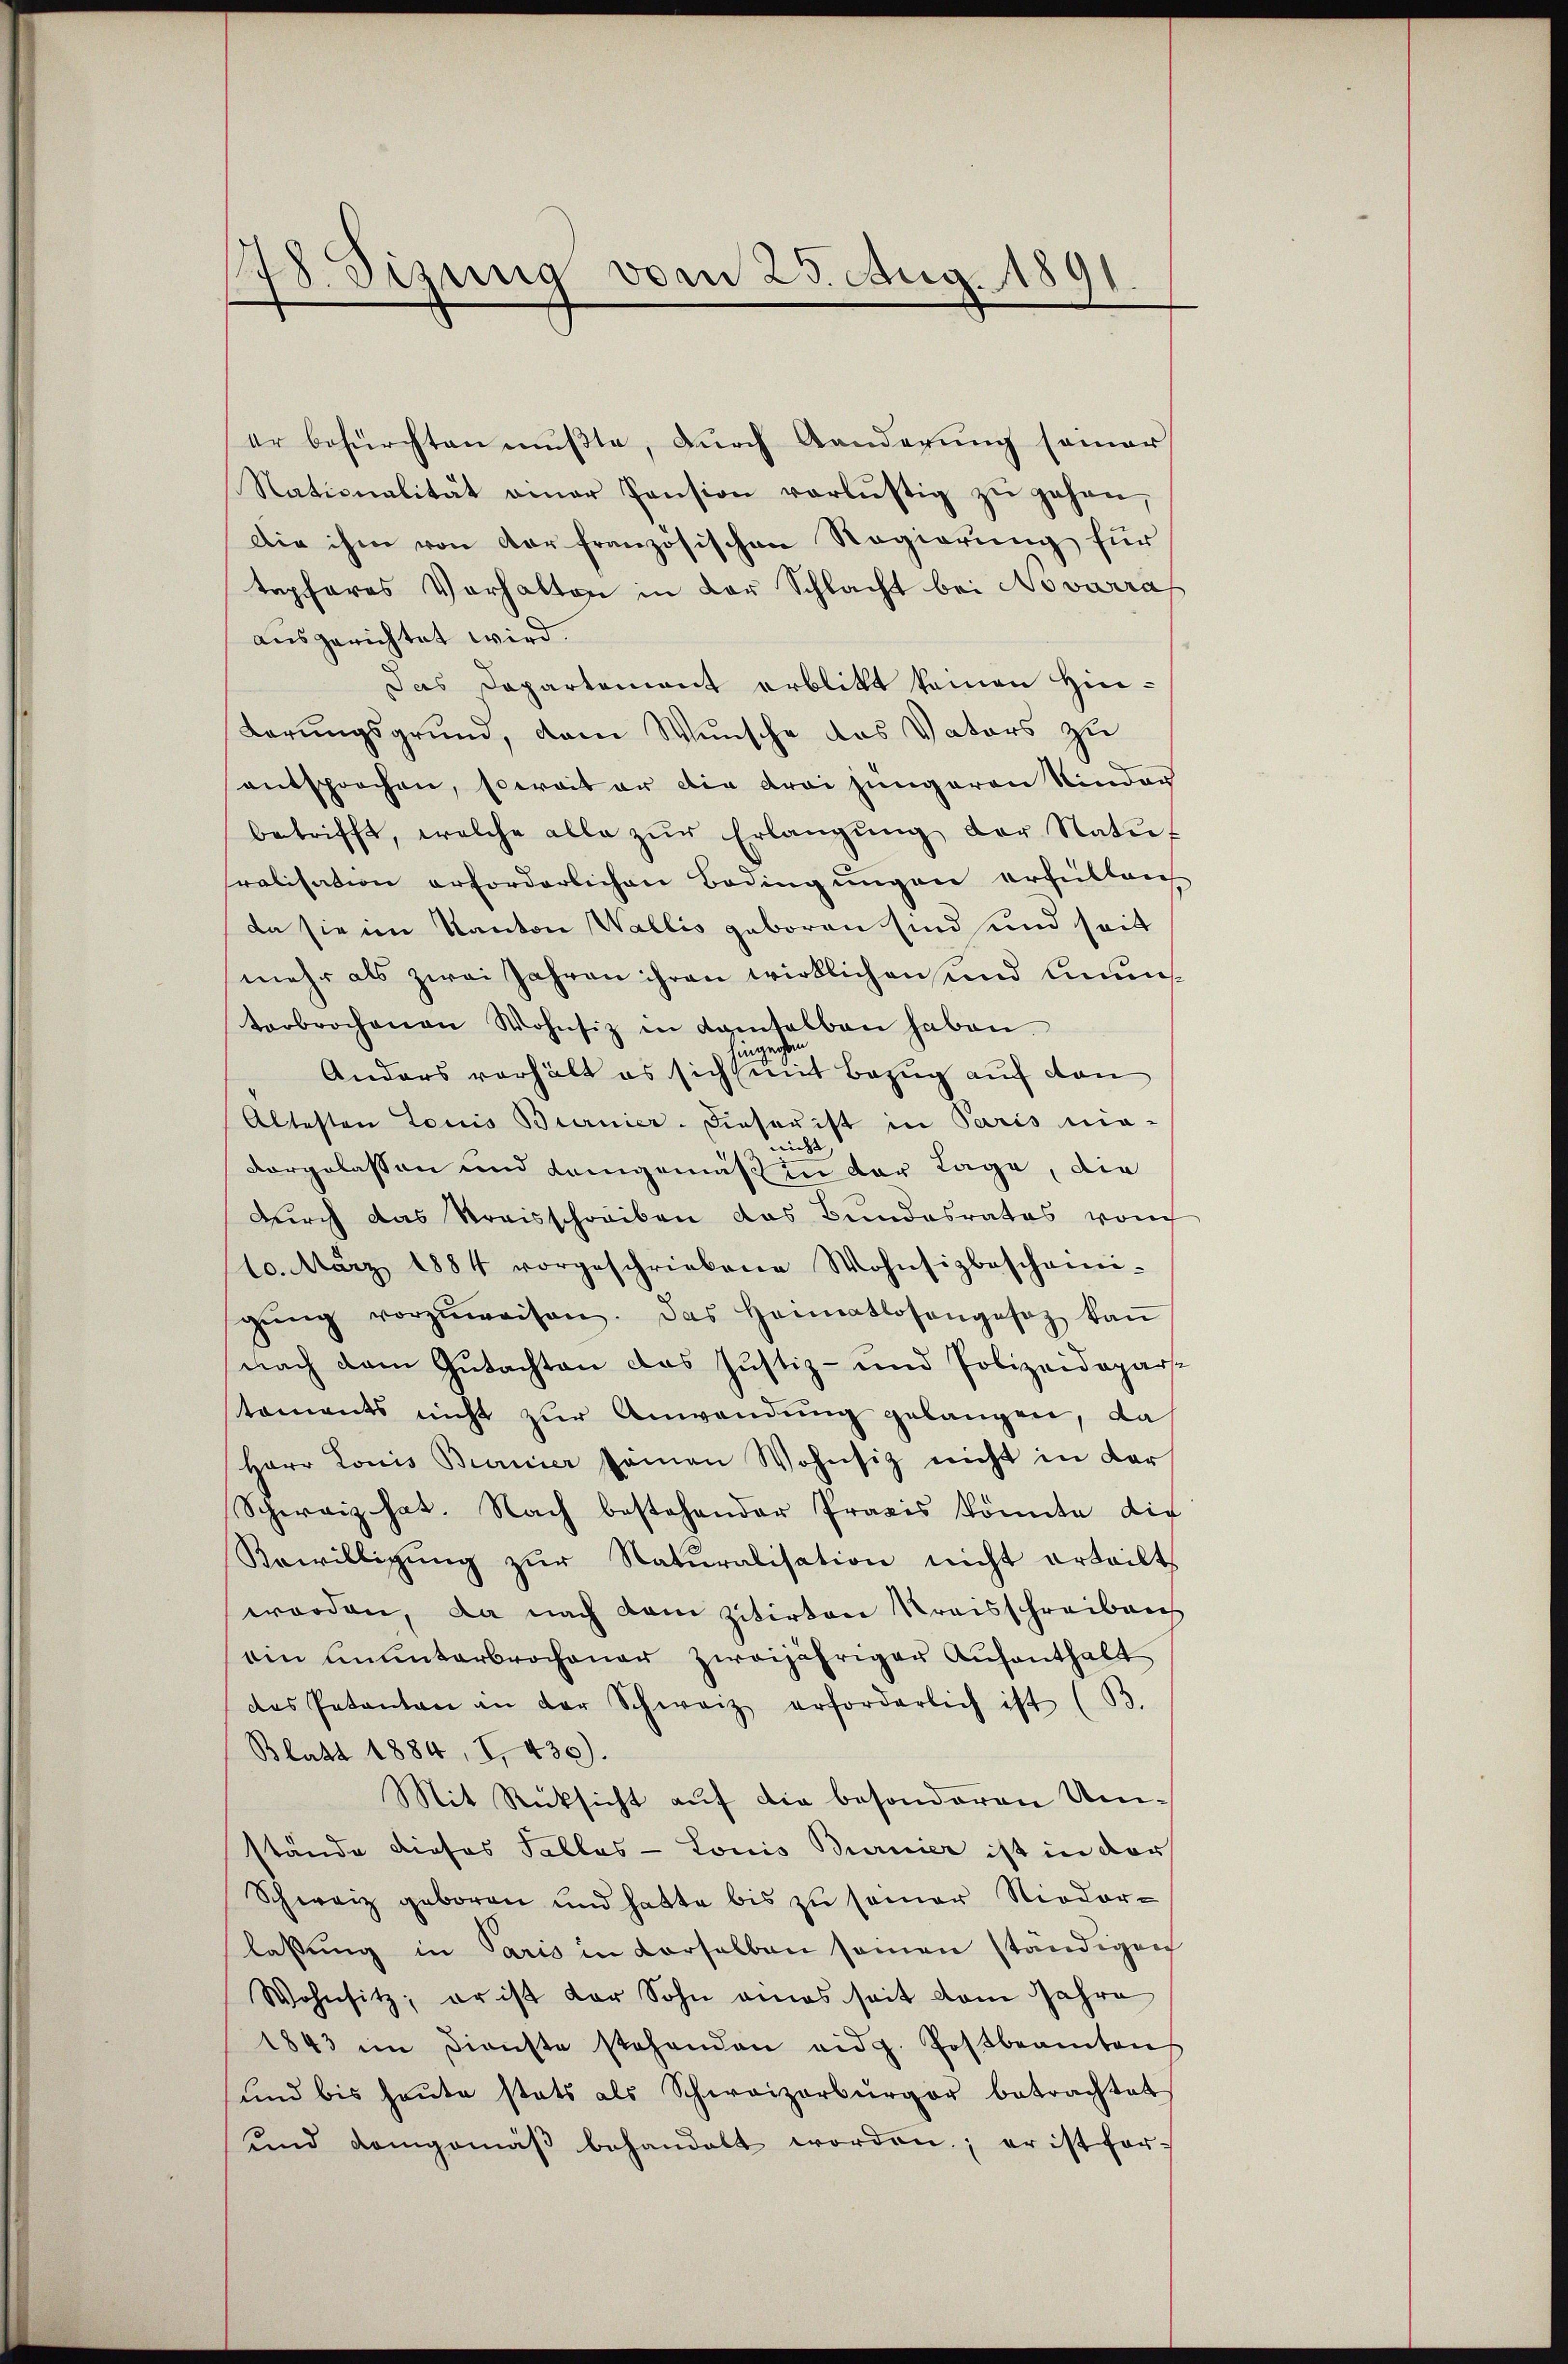
178. Sizung vom 25. Aug. 1891.

er befürchten mußte, durch Aenderung seiner
Nationalität einer Pension verlustig zu gehen,
Die ihm von der französischen Regierung für
tephares Vorhalten in der Schlacht bei Novarras
ausgerichtet wird.
Das Departement erblikt keinen Hin¬
Lerungsgrund, dem Wunsche das Vaters zu
entsprochen, soweit er die drei jüngeren Kinder
betrifft, welche alle zŭr Erlangŭng der Natŭt
ralisation erforderlichen Bedingungen erfüllen
da sie im Kanton Wallis geboren sind und seit
mehr als zwei Jahren ihren wirklichen und nunterbrochenen Wohnsiz in Samtalban haben.
gzechen.
Anders verhält es sich mit Bezug auf den
Altesten Louis Burnier. Diese ist in Paris nie-
nicht
vorgelassen und Langemäß in der Lage, die
durch das Streisschreiben das Bundesrates von
10. März 1884 vorgeschriebene Wohnsizbescheini-
gŭng vorzŭweisen. Das Heimatlosengesez kaṅ
nach dem Gutachten das Justiz- und Polizeidepartoments nicht zur Anwendung gelangen, da
Herr Louis Burnier seinen Wohnsitz nicht in der
Schweiz hat. Nach bestehender Praxis konnte die
Bewilligŭng zŭr Naturalisation nicht erteilt.
worden, da nach dem zitirten Kreisschreiben
ain ŭunŭnterbrochener zweijähriger Aŭfenthalt
des Patenten an der Schweiz erforderlich ist (B.
Blatt 1884, I. 430).
Mit Rücksicht auf die besonderen Umstände dieses Tallas - Louis Burnier ist in der
Schweiz geboren und hatte bis zu seiner Modorlassung in Paris in derselben seinen ständigen
Wohnsitz, er ist der Sohn eines seit dem Jahre
1843 im Dienste stehenden eidg. Postbeamten
ŭnd bis heŭte statt als Schweizerbürger betrachtet
und demgemäβ behandelt worden; er ist for-